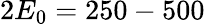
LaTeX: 2E_{0}=250-500